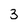
Character: 3